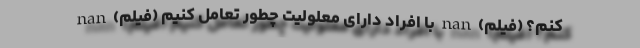
کنم؟ (فیلم) nan با افراد دارای معلولیت چطور تعامل کنیم (فیلم) nan